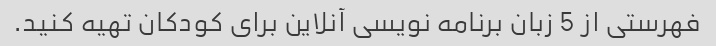
فهرستی از 5 زبان برنامه نویسی آنلاین برای کودکان تهیه کنید.